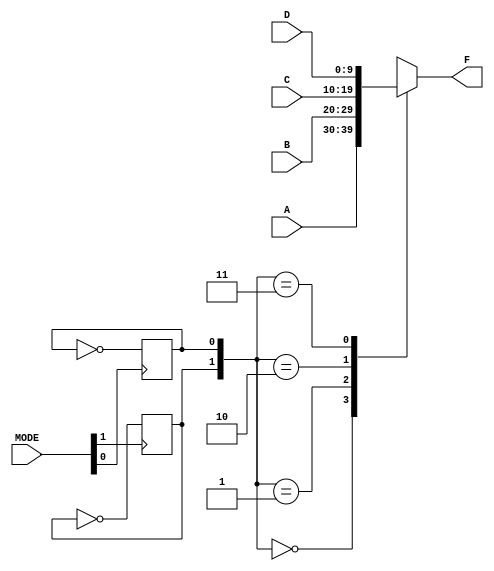
//Rudy Hill
//ECEN 2350
//Spring 2018

module MULTIPLEXER_2(MODE,A,B,C,D,F);
	input [1:0] MODE;
	input [9:0] A,B,C,D;
	output reg [9:0] F;
	reg [1:0] button;
	
	initial
	begin
		button = 2'b00;
	end
		
	always @(posedge MODE[0])
	begin
		button[0] = ~button[0];
	end
	
	always @(posedge MODE[1])
	begin
		button[1] = ~button[1];
	end
	
	always @*
		case(button)
			2'b00: F = A;
			2'b01: F = B;
			2'b10: F = C;
			2'b11: F = D;
		endcase
endmodule